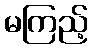
မကြည့်